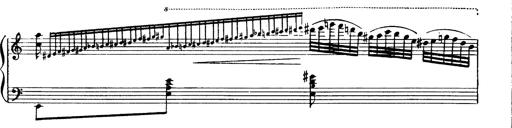
Title: Magyar dalok
Composer: Franz Liszt